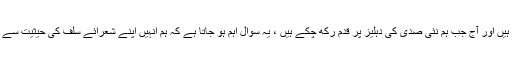
اقبال نہ صرف ناقدین بلكہ اپنے معاصر اور بعد كی نسل كے حواس پر سوار نظر آتے ہیں اور آج جب ہم نئی صدی كی دہلیز پر قدم ركھ چكے ہیں ، یہ سوال اہم ہو جاتا ہے كہ ہم انہیں اپنے شعرائے سلف كی حیثیت سے پڑھیں یا آج بھی وہ ہمارے لئے اسی طرح relevant ہیں جیسا كہ گذشتہ صدی میں ۔